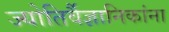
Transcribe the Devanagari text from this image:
ज्योतिर्वैज्ञानिकांना